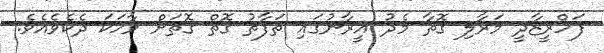
ފަހްރީޒާދީ މަރާލި ގޮތާ މެދު އީރާނުގައި ތަފާތު ގޮތް ގޮތަށް ވާހަކަ ދެކެވެއެވެ.